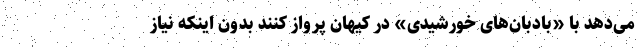
می‌دهد با «بادبان‌های خورشیدی» در کیهان پرواز کنند بدون اینکه نیاز